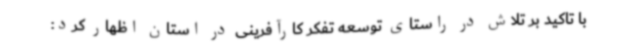
با تاکید بر تلاش در راستای توسعه تفکر کارآفرینی در استان اظهار کرد: